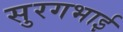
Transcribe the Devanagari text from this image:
सुरगभाई